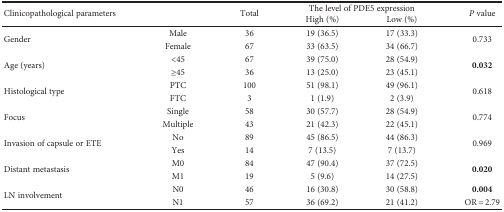
| <ROWSPAN=2> Clinicopathological parameters |  | <ROWSPAN=2> Total | <COLSPAN=2> The level of PDE5 expression | <ROWSPAN=2> P value |
 |  | High (%) | Low (%) |
 | --- | --- | --- | --- | --- | --- |
 | <ROWSPAN=2> Gender | Male | 36 | 19 (36.5) | 17 (33.3) | <ROWSPAN=2> 0.733 |
 | Female | 67 | 33 (63.5) | 34 (66.7) |
 | <ROWSPAN=2> Age (years) | <45 | 67 | 39 (75.0) | 28 (54.9) | <ROWSPAN=2> 0.032 |
 | ≥45 | 36 | 13 (25.0) | 23 (45.1) |
 | <ROWSPAN=2> Histological type | PTC | 100 | 51 (98.1) | 49 (96.1) | <ROWSPAN=2> 0.618 |
 | FTC | 3 | 1 (1.9) | 2 (3.9) |
 | <ROWSPAN=2> Focus | Single | 58 | 30 (57.7) | 28 (54.9) | <ROWSPAN=2> 0.774 |
 | Multiple | 43 | 21 (42.3) | 22 (45.1) |
 | <ROWSPAN=2> Invasion of capsule or ETE | No | 89 | 45 (86.5) | 44 (86.3) | <ROWSPAN=2> 0.969 |
 | Yes | 14 | 7 (13.5) | 7 (13.7) |
 | <ROWSPAN=2> Distant metastasis | M0 | 84 | 47 (90.4) | 37 (72.5) | <ROWSPAN=2> 0.020 |
 | M1 | 19 | 5 (9.6) | 14 (27.5) |
 | <ROWSPAN=2> LN involvement | N0 | 46 | 16 (30.8) | 30 (58.8) | 0.004 |
 | N1 | 57 | 36 (69.2) | 21 (41.2) | OR = 2.79 |